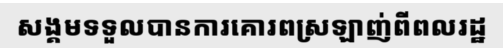
សង្គមទទួលបានការគោរពស្រឡាញ់ពីពលរដ្ឋ